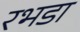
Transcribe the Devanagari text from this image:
रभडा